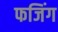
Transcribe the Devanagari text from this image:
फजिंग